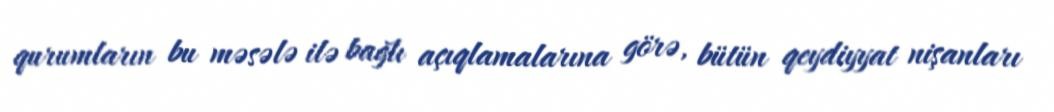
qurumların bu məsələ ilə bağlı açıqlamalarına görə, bütün qeydiyyat nişanları